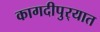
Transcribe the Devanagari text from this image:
कागदीपुर्‍यात